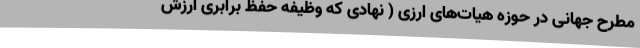
مطرح جهانی در حوزه هیات‌های ارزی ( نهادی که وظیفه حفظ برابری ارزش